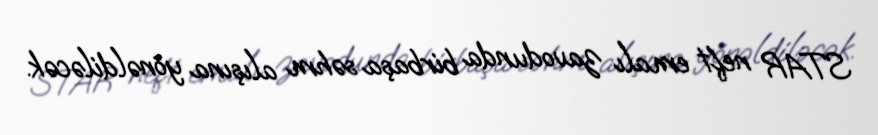
STAR neft emalı zavodunda birbaşa səhm alışına yönəldiləcək.